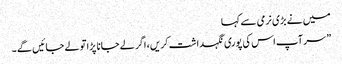
میں نے بڑی نرمی سے کہا
” سر آپ اس کی پوری نگہداشت کریں ، اگر لے جانا پڑا تو لے جائیں گے ۔